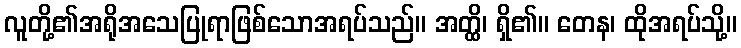
လူတို့၏အရိုအသေပြုရာဖြစ်သောအရပ်သည်။ အတ္ထိ၊ ရှိ၏။ တေန၊ ထိုအရပ်သို့။